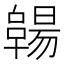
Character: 𠧊